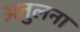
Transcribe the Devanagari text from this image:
अतुलना